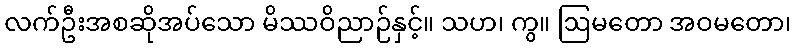
လက်ဦးအစဆိုအပ်သော မိဿဝိညာဉ်နှင့်။ သဟ၊ ကွ။ ဩမတော အဝမတော၊